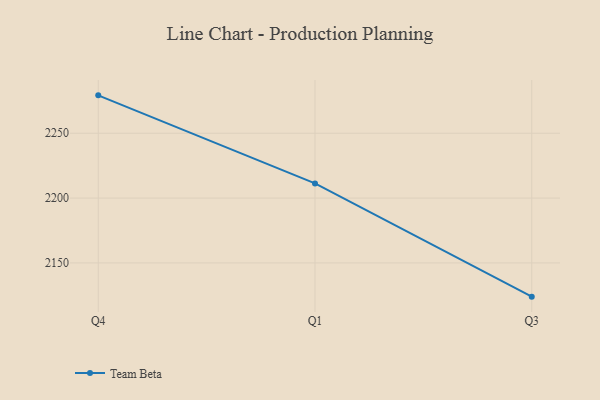
{"axis": {"x": "Quarter", "y": "Market Share (%)"}, "legend": ["Team Beta"], "data": [{"x": "Q4", "y": 2279.2, "type": "Team Beta"}, {"x": "Q1", "y": 2211.3, "type": "Team Beta"}, {"x": "Q3", "y": 2124.0, "type": "Team Beta"}]}